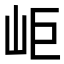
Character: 岠